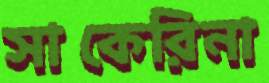
সাকেরিনা